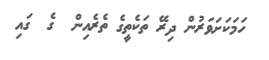
ހަމަކަށަވަރުން ދިރޭ ތަކެތީގެ ތެރެއިން  ގެ  ގައި